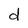
Character: d